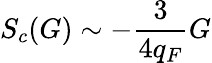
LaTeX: S_{c}(G)\sim-\frac{3}{4q_{F}}G